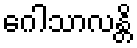
ဂေါသာလန္တိ